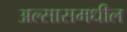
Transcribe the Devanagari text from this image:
अल्सासमधील